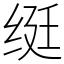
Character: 𬘩